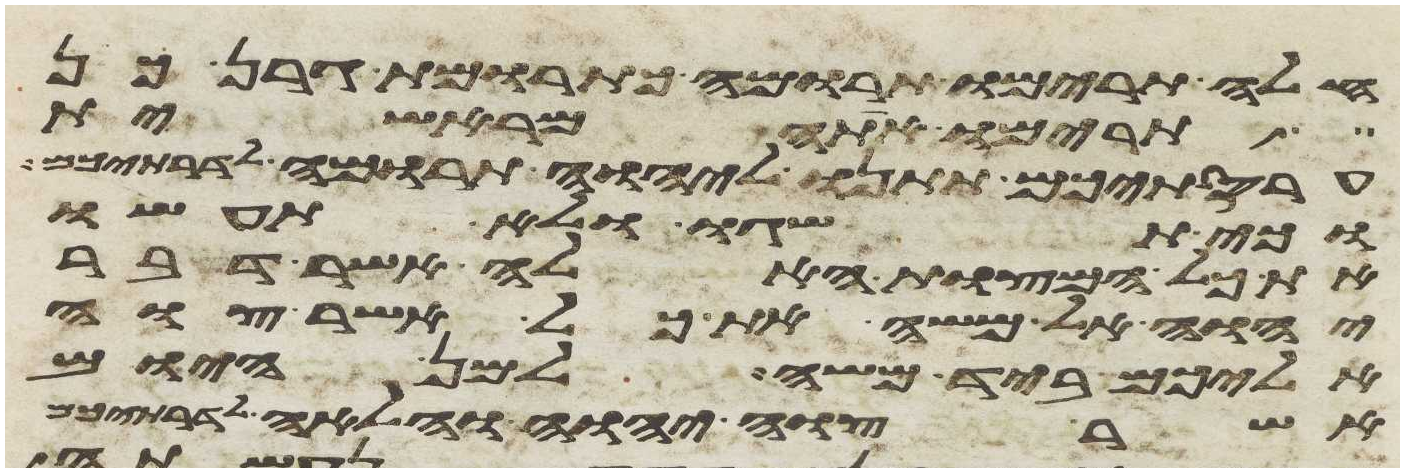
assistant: חלה תרימו תרומה כתרומת גרן כן
תרימו אתה מראשית
עריסתיכם תתנו ליהוה תרומה לדרתיכם
וכי תשגו ולא תעשו
את כל המצות האלה אשר דבר
יהוה אל משה את כל אשר צוה
אליכם ביד משה למן היום
אשר צוה יהוה והלאה לדרתיכם